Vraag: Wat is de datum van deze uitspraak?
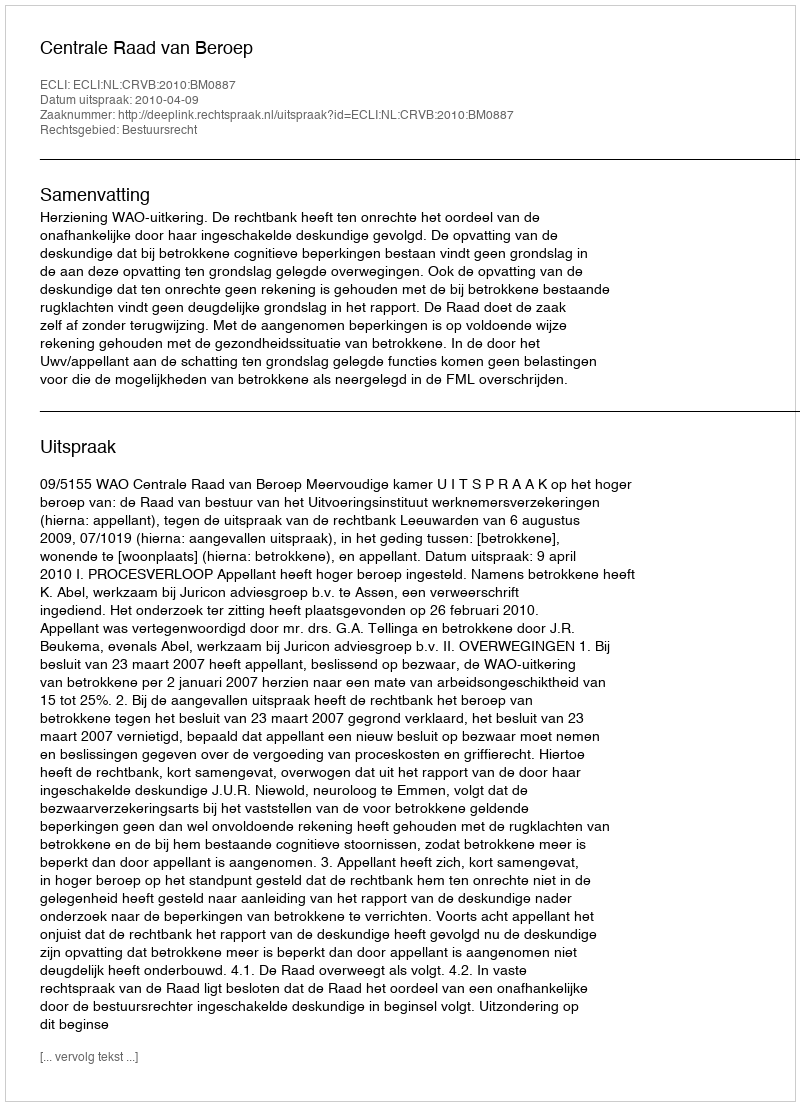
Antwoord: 2010-04-09